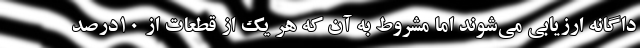
داگانه ارزیابی می‌شوند اما مشروط به آن که هر یک از قطعات از ۱۰درصد